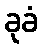
ခုခံ